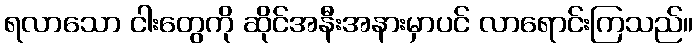
ရလာသော ငါးတွေကို ဆိုင်အနီးအနားမှာပင် လာရောင်းကြသည်။